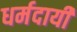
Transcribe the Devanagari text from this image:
धर्मदायी